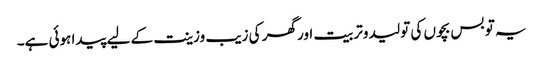
یہ تو بس بچوں کی تولید وتربیت اور گھر کی زیب وزینت کے لیے پیدا ہوئی ہے۔